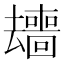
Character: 𱑰